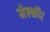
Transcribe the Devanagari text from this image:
मेल्कॉर